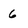
Character: 6